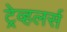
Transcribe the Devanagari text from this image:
ट्रेव्हलर्स